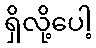
ရှိလို့ပေါ့